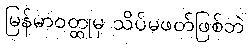
မြန်မာဝတ္ထုမှ သိပ်မဖတ်ဖြစ်ဘဲ